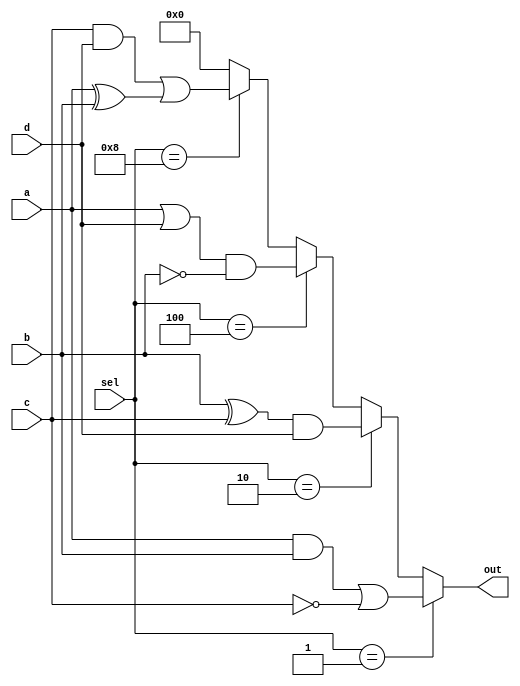
module combinational_logic_block (
    input wire [3:0] a,      // Input signals for LUTs
    input wire [3:0] b,      // Input signals for LUTs
    input wire [3:0] c,      // Input signals for LUTs
    input wire [3:0] d,      // Input signals for LUTs
    input wire [3:0] sel,     // Select lines for routing
    output wire [3:0] out     // Output signals from LUTs
);

// Define the LUTs for each Logic Element (LE)
wire [3:0] lut_out [3:0]; // 4 Logic Elements, each with a 4-bit output

// LUT implementation for each Logic Element
// Example logic functions for demonstration purposes
assign lut_out[0] = (a & b) | (~c);         // LE0: AND, OR, NOT
assign lut_out[1] = (b ^ c) & d;            // LE1: XOR, AND
assign lut_out[2] = (a | d) & (~b);         // LE2: OR, AND, NOT
assign lut_out[3] = (c & d) | (a ^ b);      // LE3: AND, OR, XOR

// Output routing based on select lines
assign out = (sel == 4'b0001) ? lut_out[0] :
             (sel == 4'b0010) ? lut_out[1] :
             (sel == 4'b0100) ? lut_out[2] :
             (sel == 4'b1000) ? lut_out[3] : 4'b0000; // Default to 0

endmodule